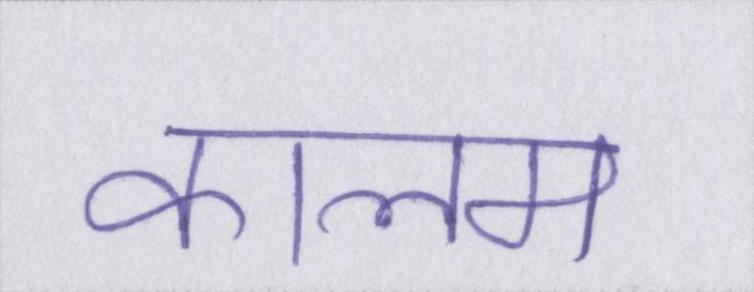
कालम